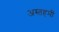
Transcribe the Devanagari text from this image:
अस्तहमीं